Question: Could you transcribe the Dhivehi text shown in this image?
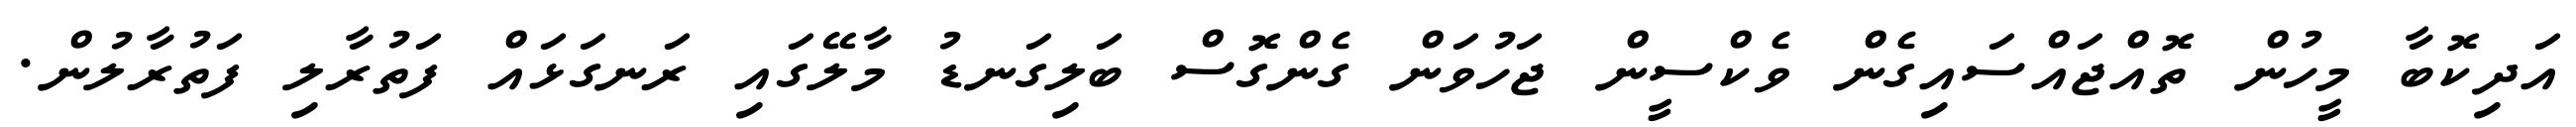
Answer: އަދިކޮބާ މީހުން ތޮއްޖައްސައިގެން ވެކްސީން ޖަހުވަން ގެންގޮސް ބަލިގަނޑު މާލޭގައި ރަނގަޅައް ފަތުރާލި ފަތުރާލުން.